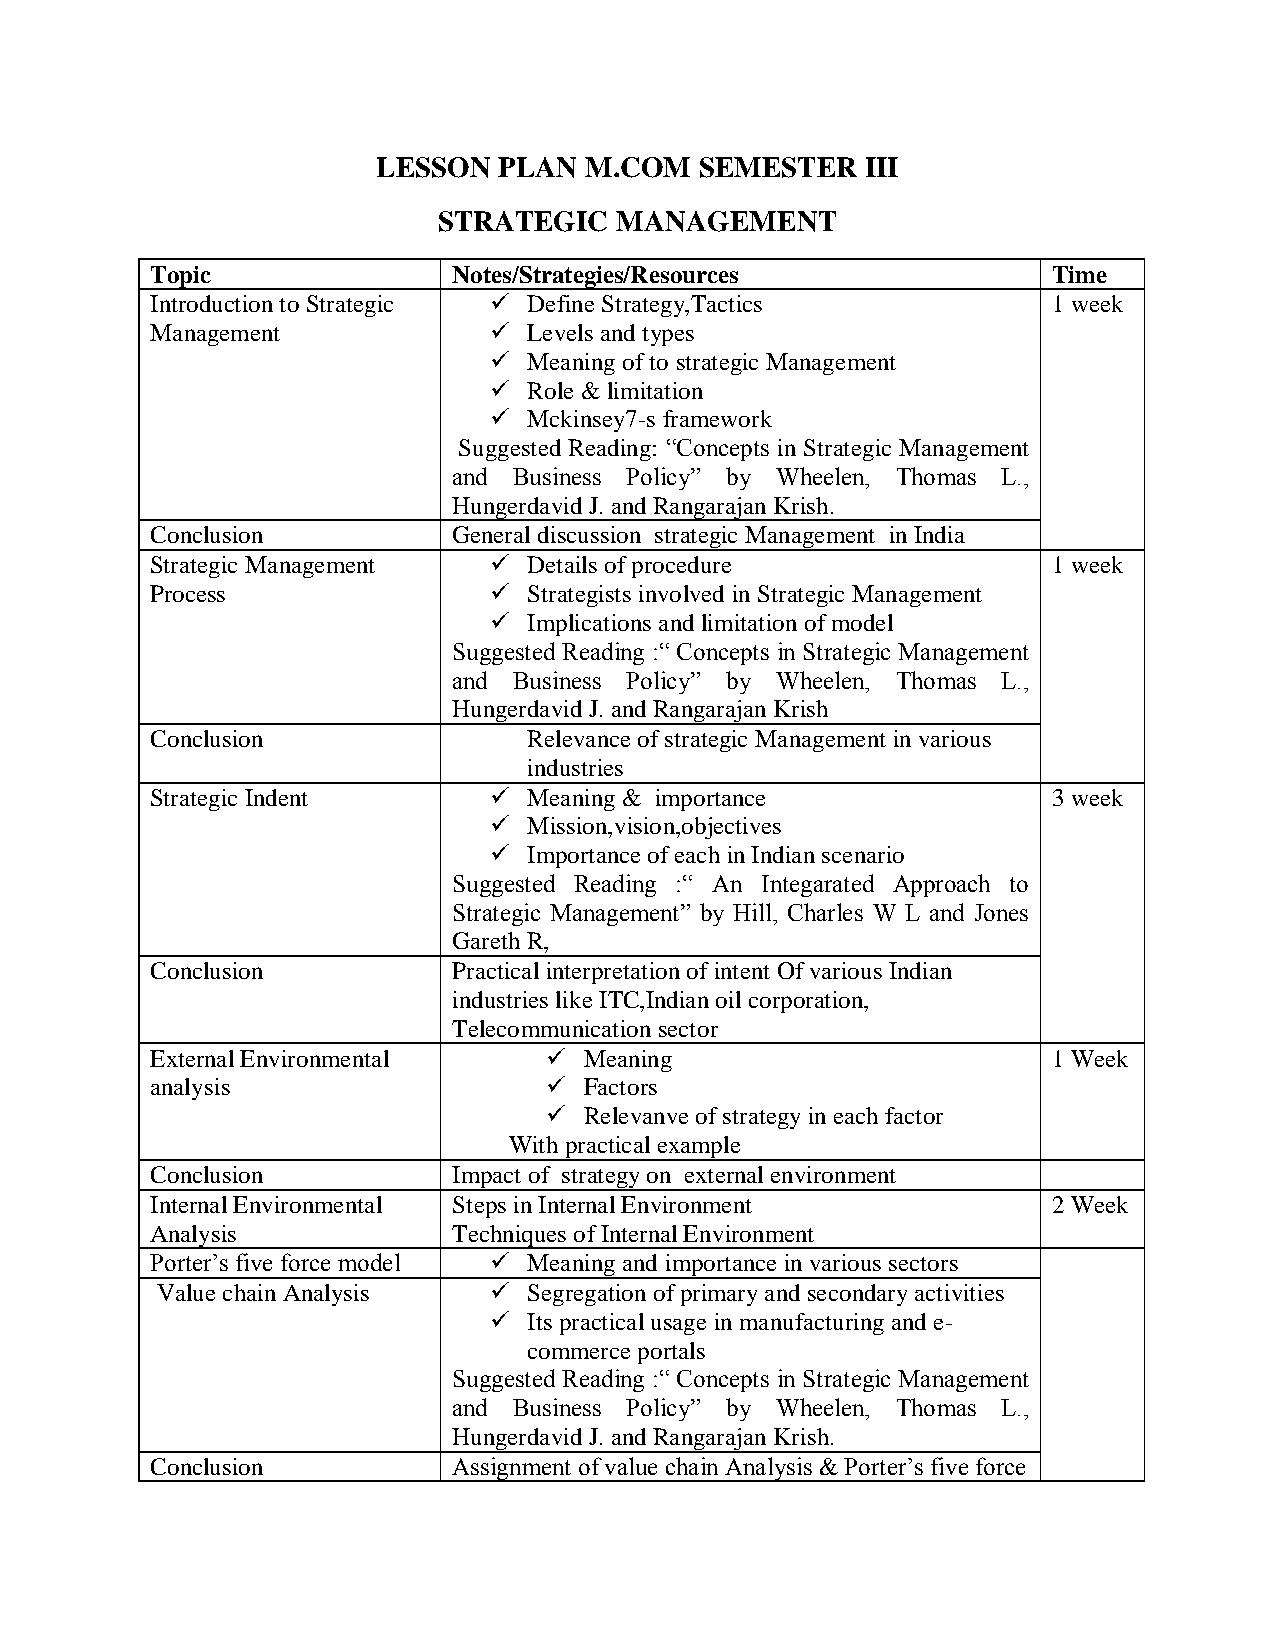
LESSON  PLAN  M.COM  SEMESTER   III
 STRATEGIC   MANAGEMENT
 Topic               Notes/Strategies/Resources              Time
 Introduction to Strategic  Define Strategy,Tactics         1 week
 Management              Levels and types
   Meaning of to strategic Management
   Role & limitation
   Mckinsey7-s framework
 Suggested Reading: “Concepts in Strategic Management
 and Business Policy” by Wheelen, Thomas L.,
 Hungerdavid J. and Rangarajan Krish.
 Conclusion          General discussion strategic Management in India
 Strategic Management    Details of procedure               1 week
 Process                 Strategists involved in Strategic Management
   Implications and limitation of model
 Suggested Reading :“ Concepts in Strategic Management
 and Business Policy” by Wheelen, Thomas L.,
 Hungerdavid J. and Rangarajan Krish
 Conclusion               Relevance of strategic Management in various
 industries
 Strategic Indent        Meaning & importance               3 week
   Mission,vision,objectives
   Importance of each in Indian scenario
 Suggested Reading :“ An Integarated Approach to
 Strategic Management” by Hill, Charles W L and Jones
 Gareth R,
 Conclusion          Practical interpretation of intent Of various Indian
 industries like ITC,Indian oil corporation,
 Telecommunication sector
 External Environmental      Meaning                        1 Week
 analysis                    Factors
   Relevanve of strategy in each factor
 With practical example
 Conclusion          Impact of strategy on external environment
 Internal Environmental Steps in Internal Environment        2 Week
 Analysis            Techniques of Internal Environment
 Porter’s five force model  Meaning and importance in various sectors
 Value chain Analysis    Segregation of primary and secondary activities
   Its practical usage in manufacturing and e-
 commerce portals
 Suggested Reading :“ Concepts in Strategic Management
 and Business Policy” by Wheelen, Thomas L.,
 Hungerdavid J. and Rangarajan Krish.
 Conclusion          Assignment of value chain Analysis & Porter’s five force